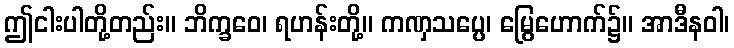
ဤငါးပါတို့တည်း။ ဘိက္ခဝေ၊ ရဟန်းတို့။ ကဏှသပ္ပေ၊ မြွေဟောက်၌။ အာဒီနဝါ၊